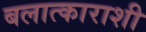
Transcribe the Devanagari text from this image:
बलात्काराशी